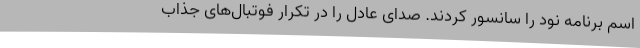
اسم برنامه نود را سانسور کردند. صدای عادل را در تکرار فوتبال‌های جذاب